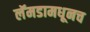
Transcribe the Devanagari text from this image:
लॅमडामधूनच